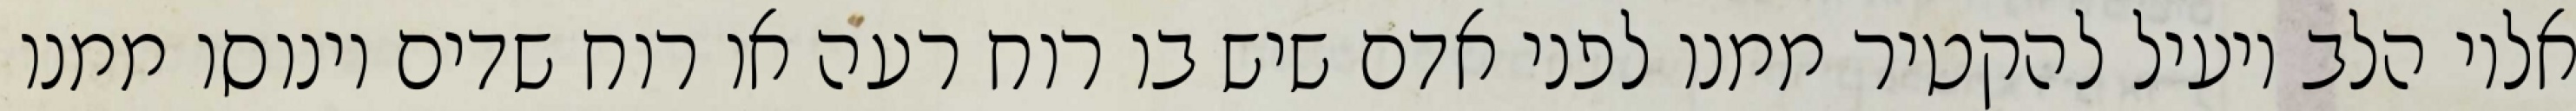
אליו הלב יועיל להקטיר ממנו לפני אדם שיש בו רוח רעה או רוח שדים וינוסו ממנו